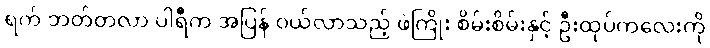
ရက် ဘတ်တလာ ပါရီက အပြန် ဝယ်လာသည့် ဖဲကြိုး စိမ်းစိမ်းနှင့် ဦးထုပ်ကလေးကို